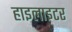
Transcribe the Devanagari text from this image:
हाइलाइटर